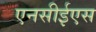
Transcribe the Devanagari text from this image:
एनसीईएस